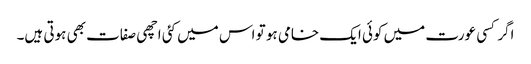
اگر کسی عورت میں کوئی ایک خامی ہو تو اس میں کئی اچھی صفات بھی ہوتی ہیں۔